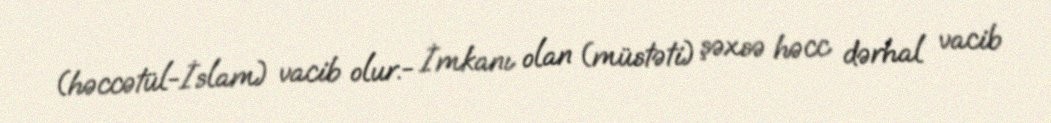
(həccətül-İslam) vacib olur.- İmkanı olan (müstəti) şəxsə həcc dərhal vacib